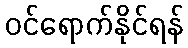
ဝင်ရောက်နိုင်ရန်